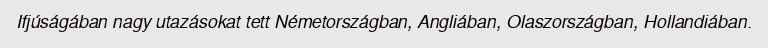
Ifjúságában nagy utazásokat tett Németországban, Angliában, Olaszországban, Hollandiában.